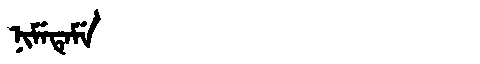
Manchu: ᠨᡳᠮᡝᡨᡝᠮᡝ
Romanization: NIMETEME